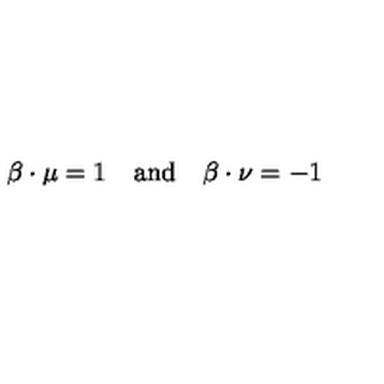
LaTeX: \beta \cdot \mu = 1 \quad \mathrm { a n d } \quad \beta \cdot \nu = - 1